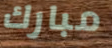
مبارك